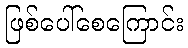
ဖြစ်ပေါ်စေကြောင်း